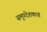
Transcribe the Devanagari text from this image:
समुपदेशकाचं